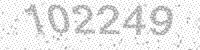
Solution: 102249